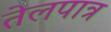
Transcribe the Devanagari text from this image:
तेलपात्र